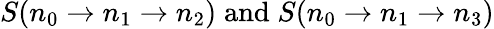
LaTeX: S(n_{0}\to n_{1}\to n_{2})\; \mathrm{and}\; S(n_{0}\to n_{1}\to n_{3})